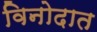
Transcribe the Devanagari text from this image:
विनोदात